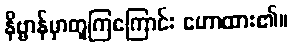
နိဗ္ဗာန်မှာတူကြကြောင်း ဟောထား၏။